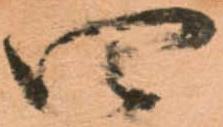
四